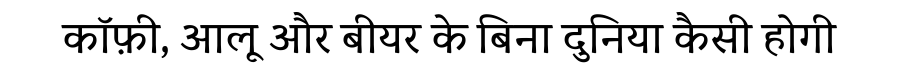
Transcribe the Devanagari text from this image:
कॉफ़ी, आलू और बीयर के बिना दुनिया कैसी होगी